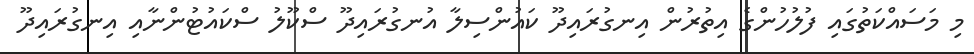
މި މަސައްކަތުގައި ފުލުހުންގެ އިތުރުން އިނގުރައިދޫ ކައުންސިލާ އުނގުރައިދޫ ސްކޫލު ސްކައުޓުންނާއި އިނގުރައިދޫ